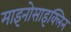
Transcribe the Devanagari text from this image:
माइनोसाइक्लिन